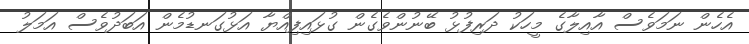
އެހެން ނަމަވެސް އާއިލާގެ މީހަކު ދަރިފުޅު ބޭނުންވެގެން ގުޅައިފިއްޔާ އަޅުގަނޑުމެން އަބަދުވެސް އަމަލު